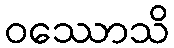
ဝဿောသိ